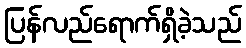
ပြန်လည်ရောက်ရှိခဲ့သည်